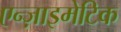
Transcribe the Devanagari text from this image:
एन्ज़ाइमेटिक